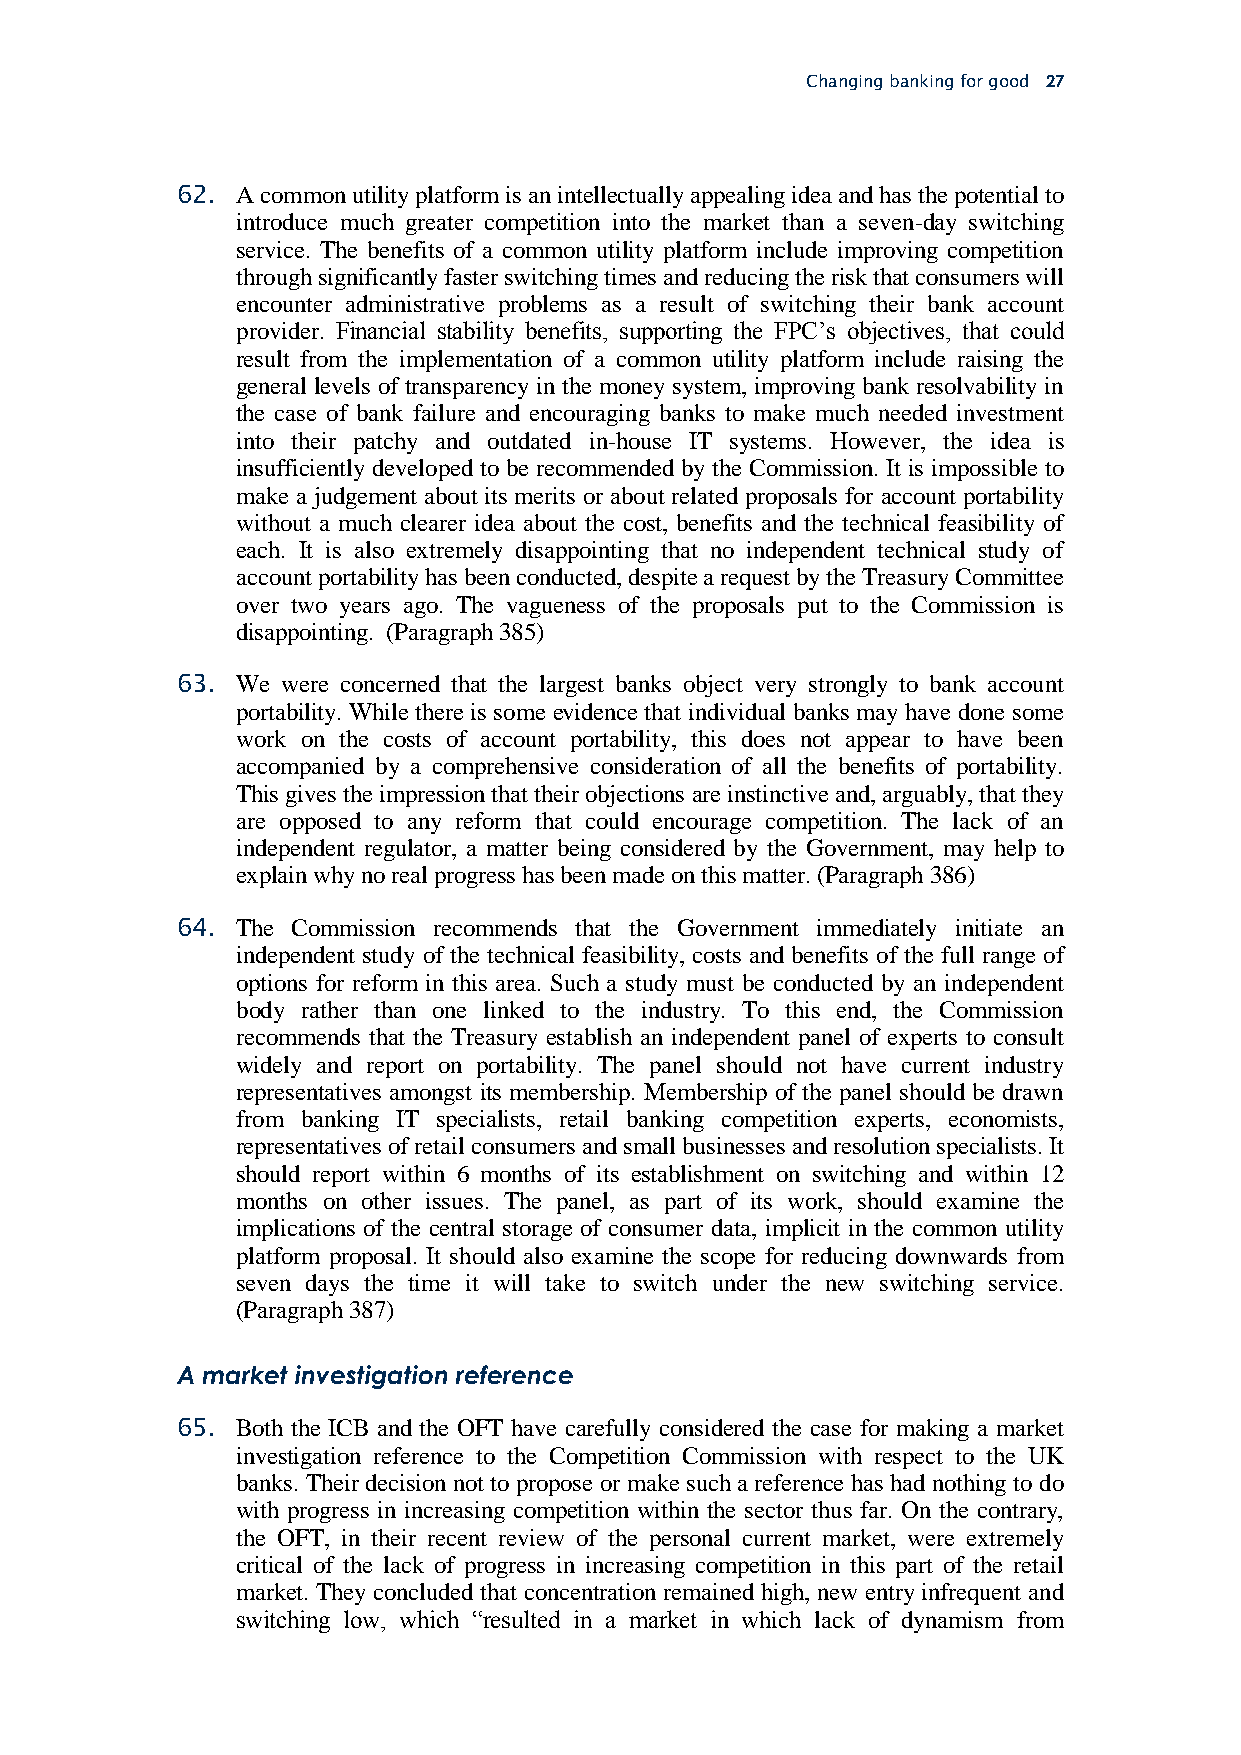
Changing banking for good 27
 62. A common utility platform is an intellectually appealing idea and has the potential to
 introduce much greater competition into the market than a seven-day switching
 service. The benefits of a common utility platform include improving competition
 through significantly faster switching times and reducing the risk that consumers will
 encounter administrative problems as a result of switching their bank account
 provider. Financial stability benefits, supporting the FPC’s objectives, that could
 result from the implementation of a common utility platform include raising the
 general levels of transparency in the money system, improving bank resolvability in
 the case of bank failure and encouraging banks to make much needed investment
 into their patchy and outdated in-house IT systems. However, the idea is
 insufficiently developed to be recommended by the Commission. It is impossible to
 make a judgement about its merits or about related proposals for account portability
 without a much clearer idea about the cost, benefits and the technical feasibility of
 each. It is also extremely disappointing that no independent technical study of
 account portability has been conducted, despite a request by the Treasury Committee
 over two years ago. The vagueness of the proposals put to the Commission is
 disappointing. (Paragraph 385)
 63. We were concerned that the largest banks object very strongly to bank account
 portability. While there is some evidence that individual banks may have done some
 work on the costs of account portability, this does not appear to have been
 accompanied by a comprehensive consideration of all the benefits of portability.
 This gives the impression that their objections are instinctive and, arguably, that they
 are opposed to any reform that could encourage competition. The lack of an
 independent regulator, a matter being considered by the Government, may help to
 explain why no real progress has been made on this matter. (Paragraph 386)
 64. The Commission recommends that the Government immediately initiate an
 independent study of the technical feasibility, costs and benefits of the full range of
 options for reform in this area. Such a study must be conducted by an independent
 body rather than one linked to the industry. To this end, the Commission
 recommends that the Treasury establish an independent panel of experts to consult
 widely and report on portability. The panel should not have current industry
 representatives amongst its membership. Membership of the panel should be drawn
 from banking IT specialists, retail banking competition experts, economists,
 representatives of retail consumers and small businesses and resolution specialists. It
 should report within 6 months of its establishment on switching and within 12
 months on other issues. The panel, as part of its work, should examine the
 implications of the central storage of consumer data, implicit in the common utility
 platform proposal. It should also examine the scope for reducing downwards from
 seven days the time it will take to switch under the new switching service.
 (Paragraph 387)
 A market investigation reference
 65. Both the ICB and the OFT have carefully considered the case for making a market
 investigation reference to the Competition Commission with respect to the UK
 banks. Their decision not to propose or make such a reference has had nothing to do
 with progress in increasing competition within the sector thus far. On the contrary,
 the OFT, in their recent review of the personal current market, were extremely
 critical of the lack of progress in increasing competition in this part of the retail
 market. They concluded that concentration remained high, new entry infrequent and
 switching low, which “resulted in a market in which lack of dynamism from